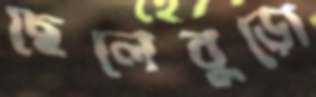
ছেলেবুড়ো